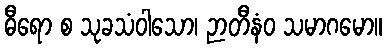
ဓီရော စ သုခသံဝါသော၊ ဉာတီနံဝ သမာဂမော။